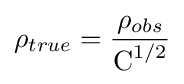
\rho _{true}={\frac {\rho _{obs}}{\operatorname {C} ^{1/2}}}